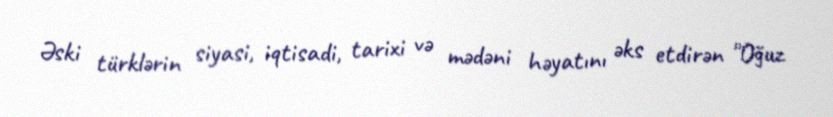
Əski türklərin siyasi, iqtisadi, tarixi və mədəni həyatını əks etdirən "Oğuz